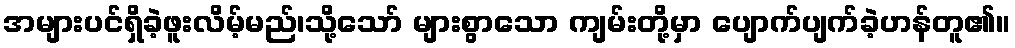
အများပင်ရှိခဲ့ဖူးလိမ့်မည်၊သို့သော် များစွာသော ကျမ်းတို့မှာ ပျောက်ပျက်ခဲ့ဟန်တူ၏။